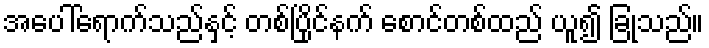
အပေါ်ရောက်သည်နှင့် တစ်ပြိုင်နက် စောင်တစ်ထည် ယူ၍ ခြုံသည်။